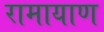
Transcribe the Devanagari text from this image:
रामायाण